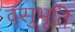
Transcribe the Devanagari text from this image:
वसुभूति